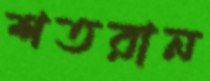
শতরান